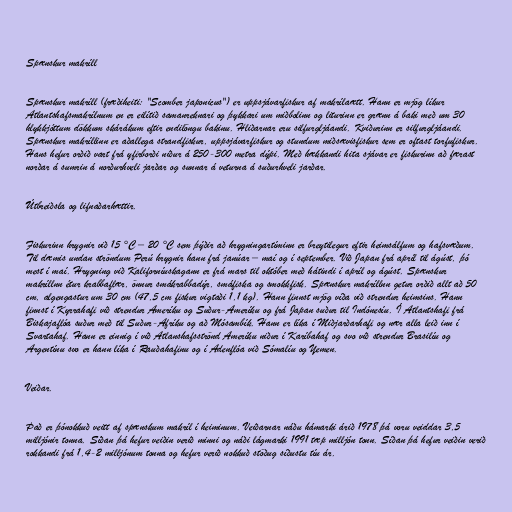
Spænskur makríll

Spænskur makríll (fræðiheiti: "Scomber japonicus") er uppsjávarfiskur af makrílaætt. Hann er mjög líkur
Atlantshafsmakrílnum en er eilítið samanreknari og þykkari um miðbolinn og liturinn er grænn á baki með um 30
hlykkjóttum dökkum skárákum eftir endilöngu bakinu. Hliðarnar eru silfurgljáandi. Kviðurinn er silfurgljáandi.
Spænskur makríllinn er aðallega strandfiskur, uppsjávarfiskur og stundum miðsævisfiskur sem er oftast torfufiskur.
Hans hefur orðið vart frá yfirborði niður á 250-300 metra dýpi. Með hækkandi hita sjávar er fiskurinn að færast
norðar á sumrin á norðurhveli jarðar og sunnar á veturna á suðurhveli jarðar.

Útbreiðsla og lifnaðarhættir.

Fiskurinn hrygnir við 15 °C – 20 °C sem þýðir að hrygningartíminn er breytilegur eftir heimsálfum og hafsvæðum.
Til dæmis undan ströndum Perú hrygnir hann frá janúar – maí og í september. Við Japan frá apríl til ágúst, þó
mest í maí. Hrygning við Kaliforníuskagann er frá mars til október með hátindi í apríl og ágúst. Spænskur
makríllnn étur krabbaflær, önnur smákrabbadýr, smáfiska og smokkfisk. Spænskur makríllnn getur orðið allt að 50
cm, algengastur um 30 cm (47,5 cm fiskur vigtaði 1,1 kg). Hann finnst mjög víða við strendur heimsins. Hann
finnst í Kyrrahafi við strendur Ameríku og Suður-Ameríku og frá Japan suður til Indónesíu. Í Atlantshafi frá
Biskajaflóa suður með til Suður-Afríku og að Mósambík. Hann er líka í Miðjarðarhafi og nær alla leið inn í
Svartahaf. Hann er einnig í við Atlanshafsströnd Ameríku niður í Karíbahaf og svo við strendur Brasilíu og
Argentínu svo er hann líka í Rauðahafinu og í Adenflóa við Sómalíu og Yemen.

Veiðar.

Það er þónokkuð veitt af spænskum makríl í heiminum. Veiðarnar náðu hámarki árið 1978 þá voru veiddar 3,5
milljónir tonna. Síðan þá hefur veiðin verið minni og náði lágmarki 1991 tæp milljón tonn. Síðan þá hefur veiðin verið
rokkandi frá 1,4-2 milljónum tonna og hefur verið nokkuð stöðug síðustu tíu ár.